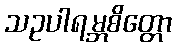
သဥပါရမ္ဘစိတ္တော